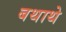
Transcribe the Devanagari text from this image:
बथाथे